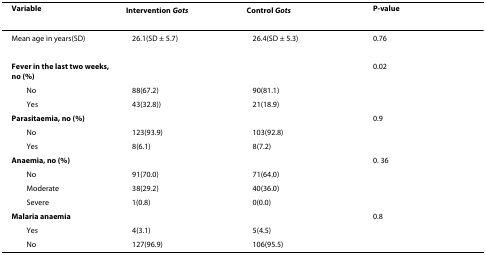
<table><thead><tr><td><b>Variable</b></td><td><b>Intervention <i>Gots</i></b></td><td><b>Control <i>Gots</i></b></td><td><b>P-value</b></td></tr></thead><tbody><tr><td>Mean age in years(SD)</td><td>26.1(SD ± 5.7)</td><td>26.4(SD ± 5.3)</td><td>0.76</td></tr><tr><td><b>Fever in the last two weeks, no (%)</b></td><td></td><td></td><td>0.02</td></tr><tr><td> No</td><td>88(67.2)</td><td>90(81.1)</td><td></td></tr><tr><td> Yes</td><td>43(32.8))</td><td>21(18.9)</td><td></td></tr><tr><td><b>Parasitaemia, no (%)</b></td><td></td><td></td><td>0.9</td></tr><tr><td> No</td><td>123(93.9)</td><td>103(92.8)</td><td></td></tr><tr><td> Yes</td><td>8(6.1)</td><td>8(7.2)</td><td></td></tr><tr><td><b>Anaemia, no (%)</b></td><td></td><td></td><td>0. 36</td></tr><tr><td> No</td><td>91(70.0)</td><td>71(64.0)</td><td></td></tr><tr><td> Moderate</td><td>38(29.2)</td><td>40(36.0)</td><td></td></tr><tr><td> Severe</td><td>1(0.8)</td><td>0(0.0)</td><td></td></tr><tr><td><b>Malaria anaemia</b></td><td></td><td></td><td>0.8</td></tr><tr><td> Yes</td><td>4(3.1)</td><td>5(4.5)</td><td></td></tr><tr><td> No</td><td>127(96.9)</td><td>106(95.5)</td><td></td></tr></tbody></table>